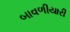
બાવળીયારી